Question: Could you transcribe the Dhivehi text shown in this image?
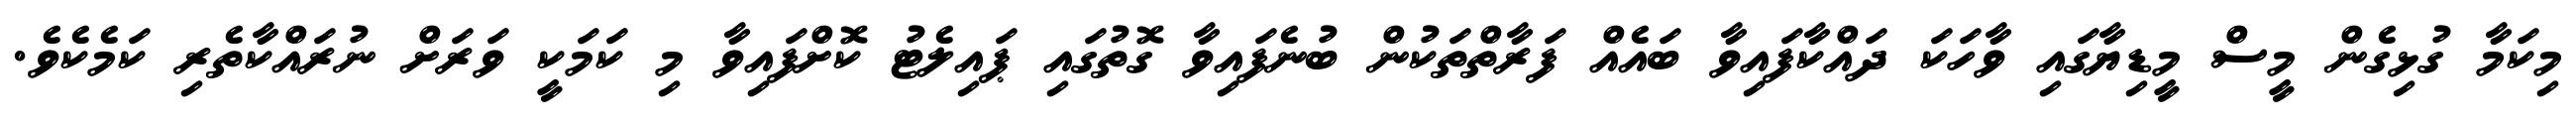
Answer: މިކަމާ ގުޅިގެން މީސް މީޑިޔާގައި ވާހަކަ ދައްކާފައިވާ ބައެއް ފަރާތްތަކުން ބުނެފައިވާ ގޮތުގައި ޕައިލެޓު ކޮށްފައިވާ މި ކަމަކީ ވަރަށް ނުރައްކާތެރި ކަމެކެވެ.